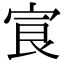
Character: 㝗